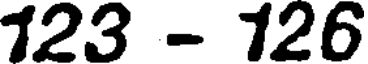
123 - 126